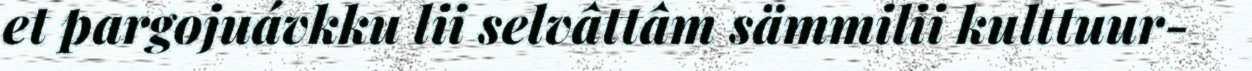
et pargojuávkku lii selvâttâm sämmilii kulttuur-